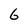
Character: 6